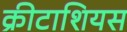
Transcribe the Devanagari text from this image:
क्रीटाशियस